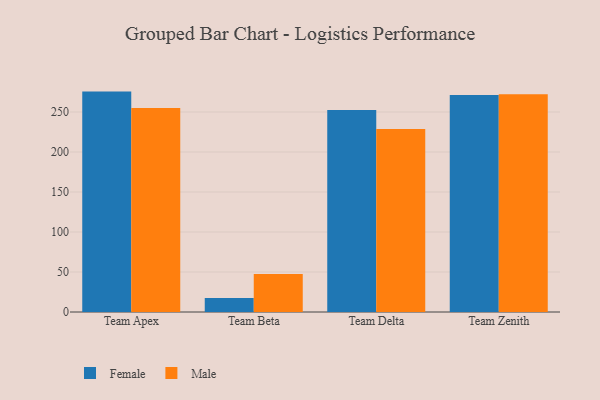
{"axis": {"x": "Team", "y": "Headcount"}, "legend": ["Female", "Male"], "data": [{"x": "Team Apex", "y": 275.5, "type": "Female"}, {"x": "Team Apex", "y": 255.1, "type": "Male"}, {"x": "Team Beta", "y": 17.4, "type": "Female"}, {"x": "Team Beta", "y": 47.6, "type": "Male"}, {"x": "Team Delta", "y": 252.5, "type": "Female"}, {"x": "Team Delta", "y": 228.8, "type": "Male"}, {"x": "Team Zenith", "y": 271.4, "type": "Female"}, {"x": "Team Zenith", "y": 272.1, "type": "Male"}]}